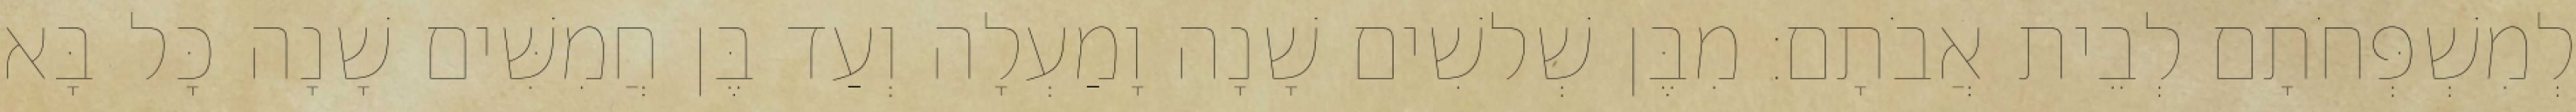
לְמִשְׁפְּחֹתָם לְבֵית אֲבֹתָם׃ מִבֶּן שְׁלשִׁים שָׁנָה וָמַעְלָה וְעַד בֶּן חֲמִשִּׁים שָׁנָה כָּל בָּא